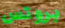
بروتس